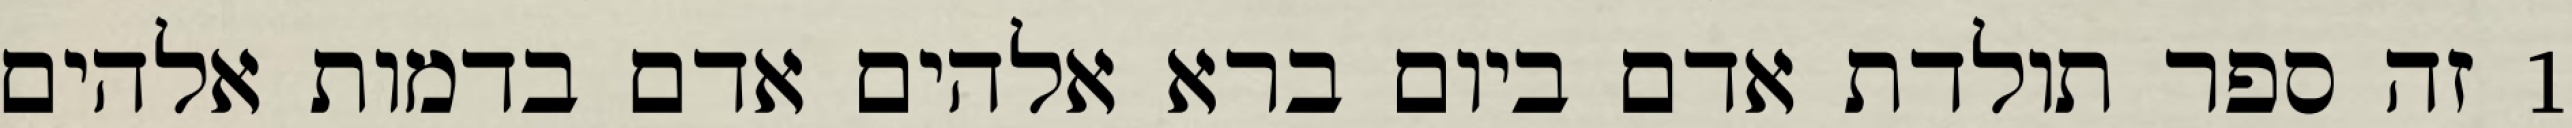
1 זה ספר תולדת אדם ביום ברא אלהים אדם בדמות אלהים